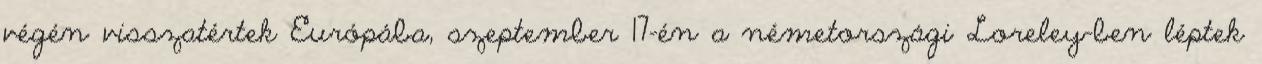
végén visszatértek Európába, szeptember 17-én a németországi Loreley-ben léptek